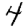
Digit: 4